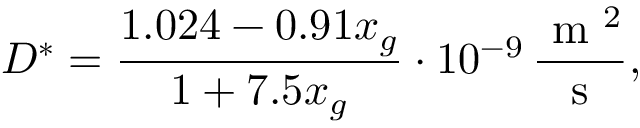
D ^ { * } = \frac { 1 . 0 2 4 - 0 . 9 1 x _ { g } } { 1 + 7 . 5 x _ { g } } \cdot 1 0 ^ { - 9 } \, \frac { \mathrm { ~ m ~ } ^ { 2 } } { \mathrm { ~ s ~ } } ,